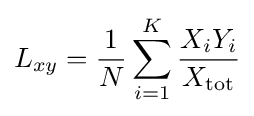
L_{xy}={\frac {1}{N}}\sum _{i=1}^{K}{\frac {X_{i}Y_{i}}{X_{\mathrm {tot} }}}